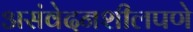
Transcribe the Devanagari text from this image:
असंवेदनशीलपणे